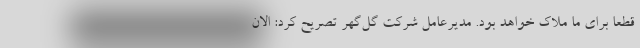
قطعا برای ما ملاک خواهد بود. مدیرعامل شرکت گل‌گهر تصریح کرد: الان